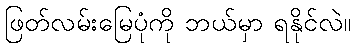
ဖြတ်လမ်းမြေပုံကို ဘယ်မှာ ရနိုင်လဲ။